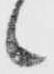
候